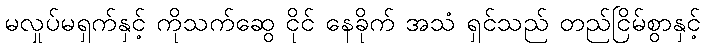
မလှုပ်မရှက်နှင့် ကိုသက်ဆွေ ငိုင် နေခိုက် အသံ ရှင်သည် တည်ငြိမ်စွာနှင့်